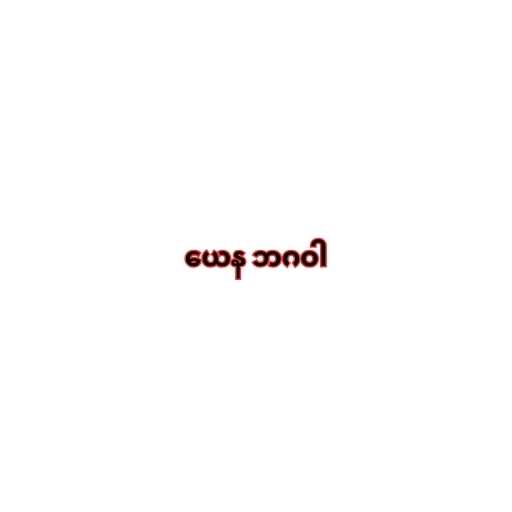
ယေန ဘဂဝါ